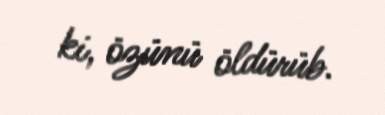
ki, özünü öldürüb.